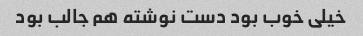
خیلی خوب بود دست نوشته هم جالب بود